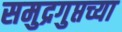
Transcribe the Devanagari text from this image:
समुद्रगुप्तच्या